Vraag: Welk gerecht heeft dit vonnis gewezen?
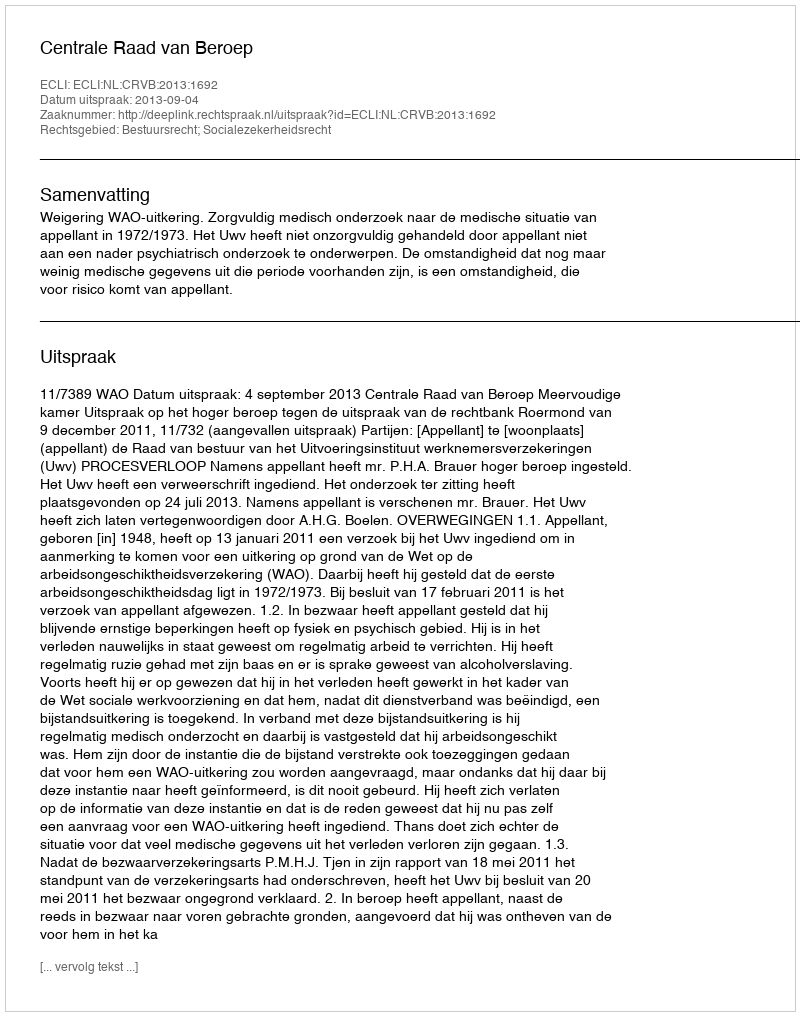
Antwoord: Centrale Raad van Beroep